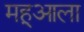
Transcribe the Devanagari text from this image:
महूआला